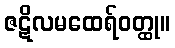
ဇဋိလမထေရ်ဝတ္ထု။